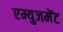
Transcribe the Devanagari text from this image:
एम्युजमेंट